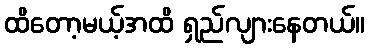
ထိတော့မယ့်အထိ ရှည်လျားနေတယ်။